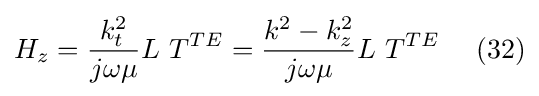
H_{z}={\frac {k_{t}^{2}}{j\omega \mu }}L\ T^{TE}={\frac {k^{2}-k_{z}^{2}}{j\omega \mu }}L\ T^{TE}\ \ \ \ (32)